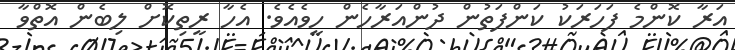
އަރާ ކޮންމެ ފަހަރަކު ކަންފަތުން ދުންއަރާހެން ހީވެއެވެ. އެހާ ރީތިކޮށް ލިބެން އޮތްވާ